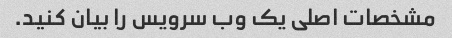
مشخصات اصلی یک وب سرویس را بیان کنید.